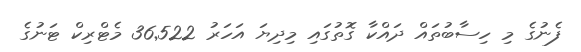
ފެނުގެ މި ހިސާބުތައް ދައްކާ ގޮތުގައި މިދިޔަ އަހަރު 36